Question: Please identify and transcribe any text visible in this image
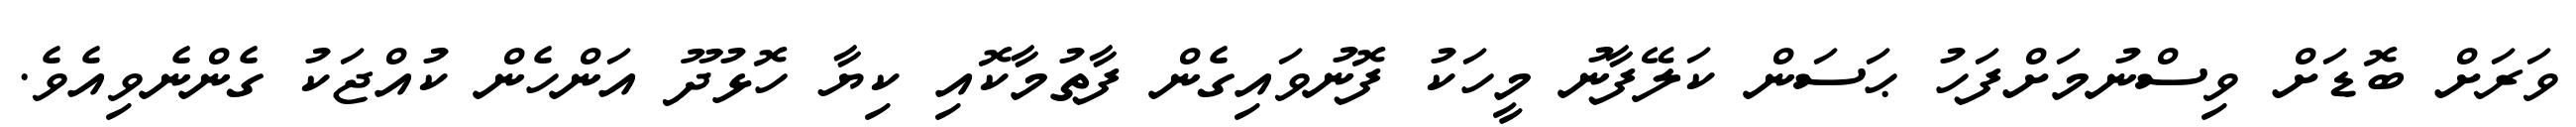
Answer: ވަރަށް ބޮޑަށް ވިސްނުމަށްފަހު ޙަސަން ކަލޭފާނު މީހަކު ފޮނުވައިގެން ފާތުމާކޮއި ކިޔާ ހޮޅުދޫ އަންހެން ކުއްޖަކު ގެންނެވިއެވެ.